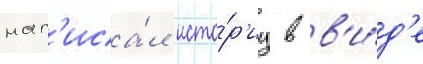
нап'иса́л исто́р'иу в в'и́д'е